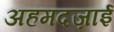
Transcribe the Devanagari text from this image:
अहमदज़ाई